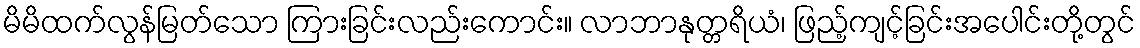
မိမိထက်လွန်မြတ်သော ကြားခြင်းလည်းကောင်း။ လာဘာနုတ္တရိယံ၊ ဖြည့်ကျင့်ခြင်းအပေါင်းတို့တွင်